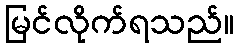
မြင်လိုက်ရသည်။